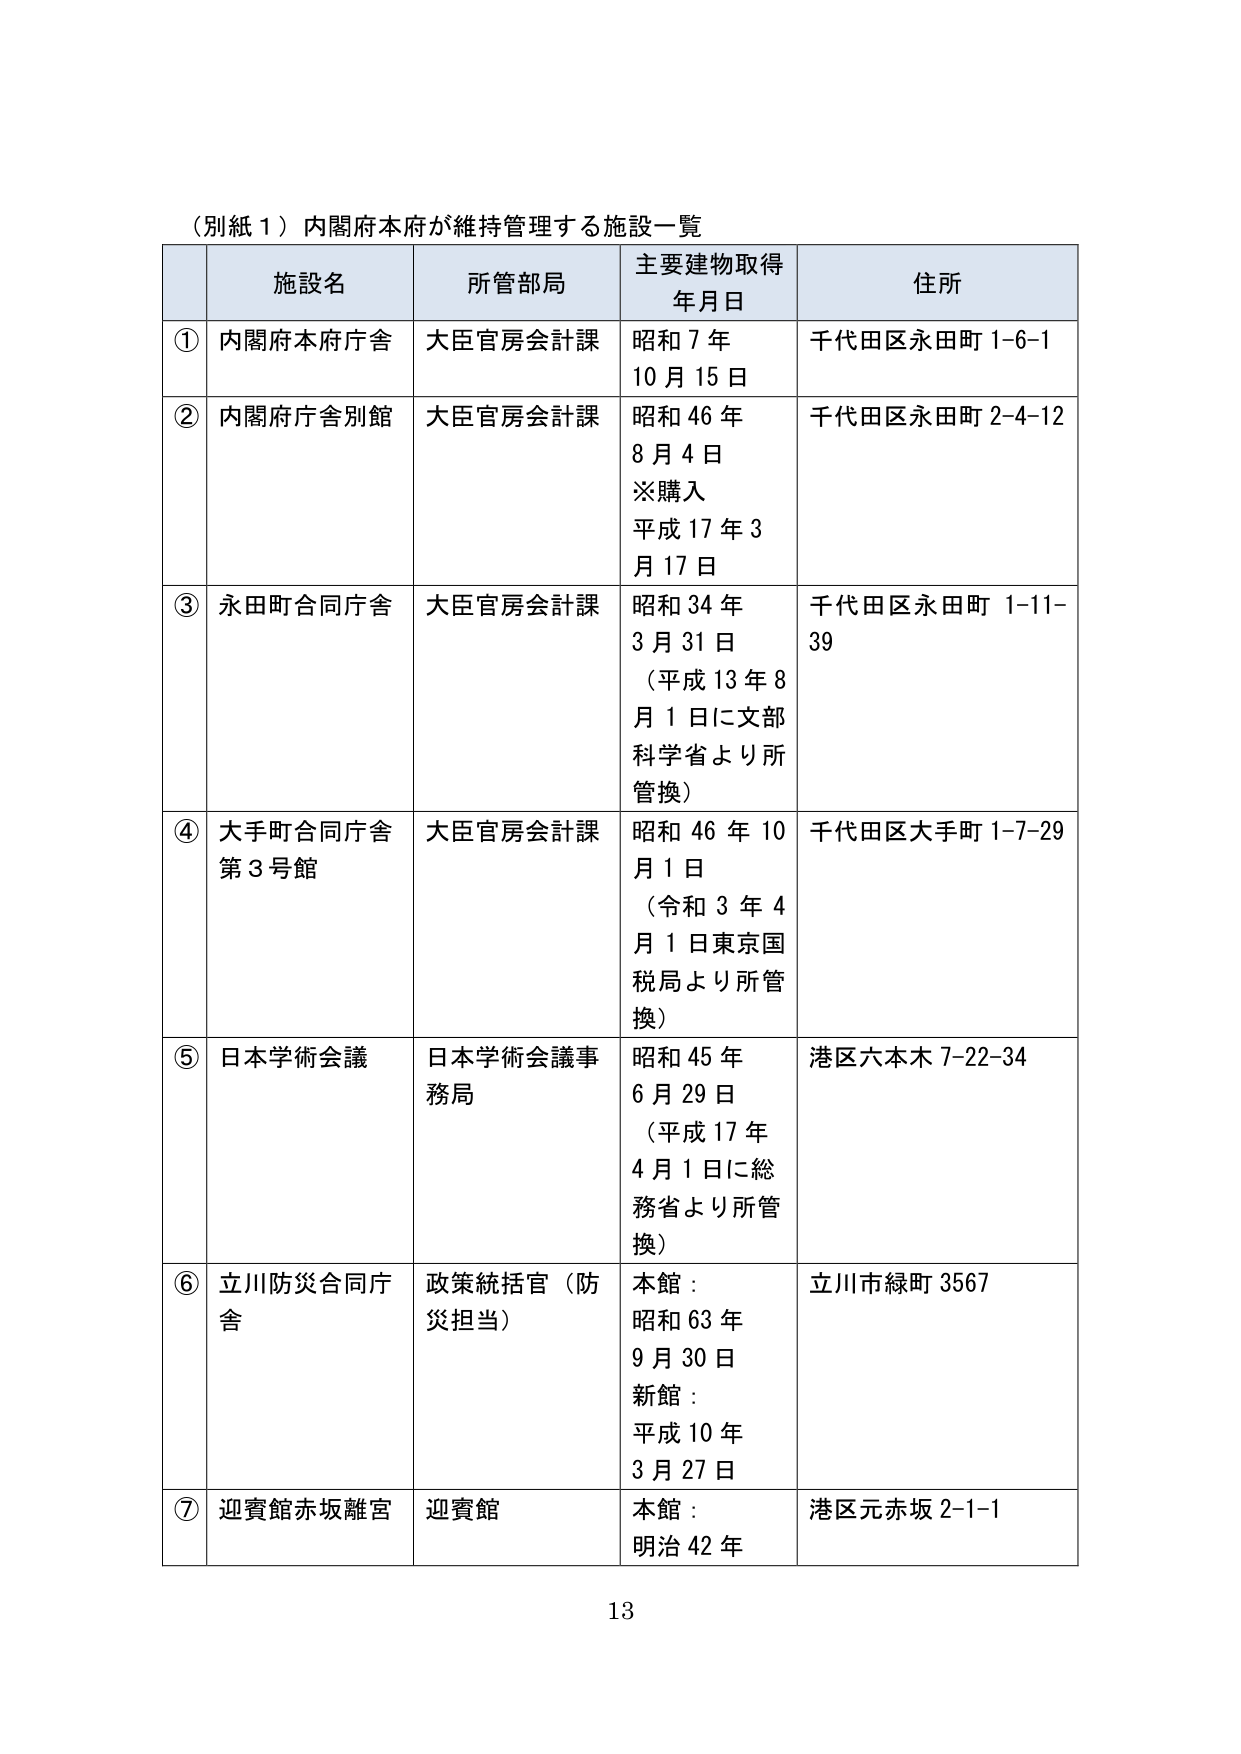
（別紙１）内閣府本府が維持管理する施設一覧

施設名　　　　　　　所管部局　　　　　主要建物取得年月日　　　住所

① 内閣府本府庁舎　　大臣官房会計課　　昭和７年　　　　　千代田区永田町1-6-1
　　　　　　　　　　　　　　　　　　10月15日

② 内閣府庁舎別館　　大臣官房会計課　　昭和46年　　　　　千代田区永田町2-4-12
　　　　　　　　　　　　　　　　　　8月4日
　　　　　　　　　　　　　　　　　　※購入
　　　　　　　　　　　　　　　　　　平成17年3
　　　　　　　　　　　　　　　　　　月17日

③ 永田町合同庁舎　　大臣官房会計課　　昭和34年　　　　　千代田区永田町1-11-
　　　　　　　　　　　　　　　　　　3月31日　　　　　　39
　　　　　　　　　　　　　　　　　　（平成13年8
　　　　　　　　　　　　　　　　　　月1日に文部
　　　　　　　　　　　　　　　　　　科学省より所
　　　　　　　　　　　　　　　　　　管換）

④ 大手町合同庁舎　　大臣官房会計課　　昭和46年10　　　千代田区大手町1-7-29
　　　第3号館　　　　　　　　　　　　月1日
　　　　　　　　　　　　　　　　　　（令和3年4
　　　　　　　　　　　　　　　　　　月1日東京国
　　　　　　　　　　　　　　　　　　税局より所管
　　　　　　　　　　　　　　　　　　換）

⑤ 日本学術会議　　日本学術会議事　　昭和45年　　　　　港区六本木7-22-34
　　　　　　　　　務局　　　　　　　6月29日
　　　　　　　　　　　　　　　　　　（平成17年
　　　　　　　　　　　　　　　　　　4月1日に総
　　　　　　　　　　　　　　　　　　務省より所管
　　　　　　　　　　　　　　　　　　換）

⑥ 立川防災合同庁　　政策統括官（防　　本館：　　　　　　立川市緑町3567
　　　舎　　　　　　　災担当）　　　　昭和63年
　　　　　　　　　　　　　　　　　　9月30日
　　　　　　　　　　　　　　　　　　新館：
　　　　　　　　　　　　　　　　　　平成10年
　　　　　　　　　　　　　　　　　　3月27日

⑦ 迎賓館赤坂離宮　　迎賓館　　　　　本館：　　　　　　港区元赤坂2-1-1
　　　　　　　　　　　　　　　　　　明治42年

13